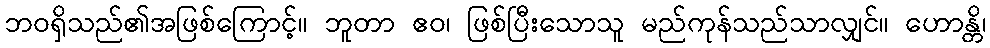
ဘဝရှိသည်၏အဖြစ်ကြောင့်။ ဘူတာ ဧဝ၊ ဖြစ်ပြီးသောသူ မည်ကုန်သည်သာလျှင်။ ဟောန္တိ၊